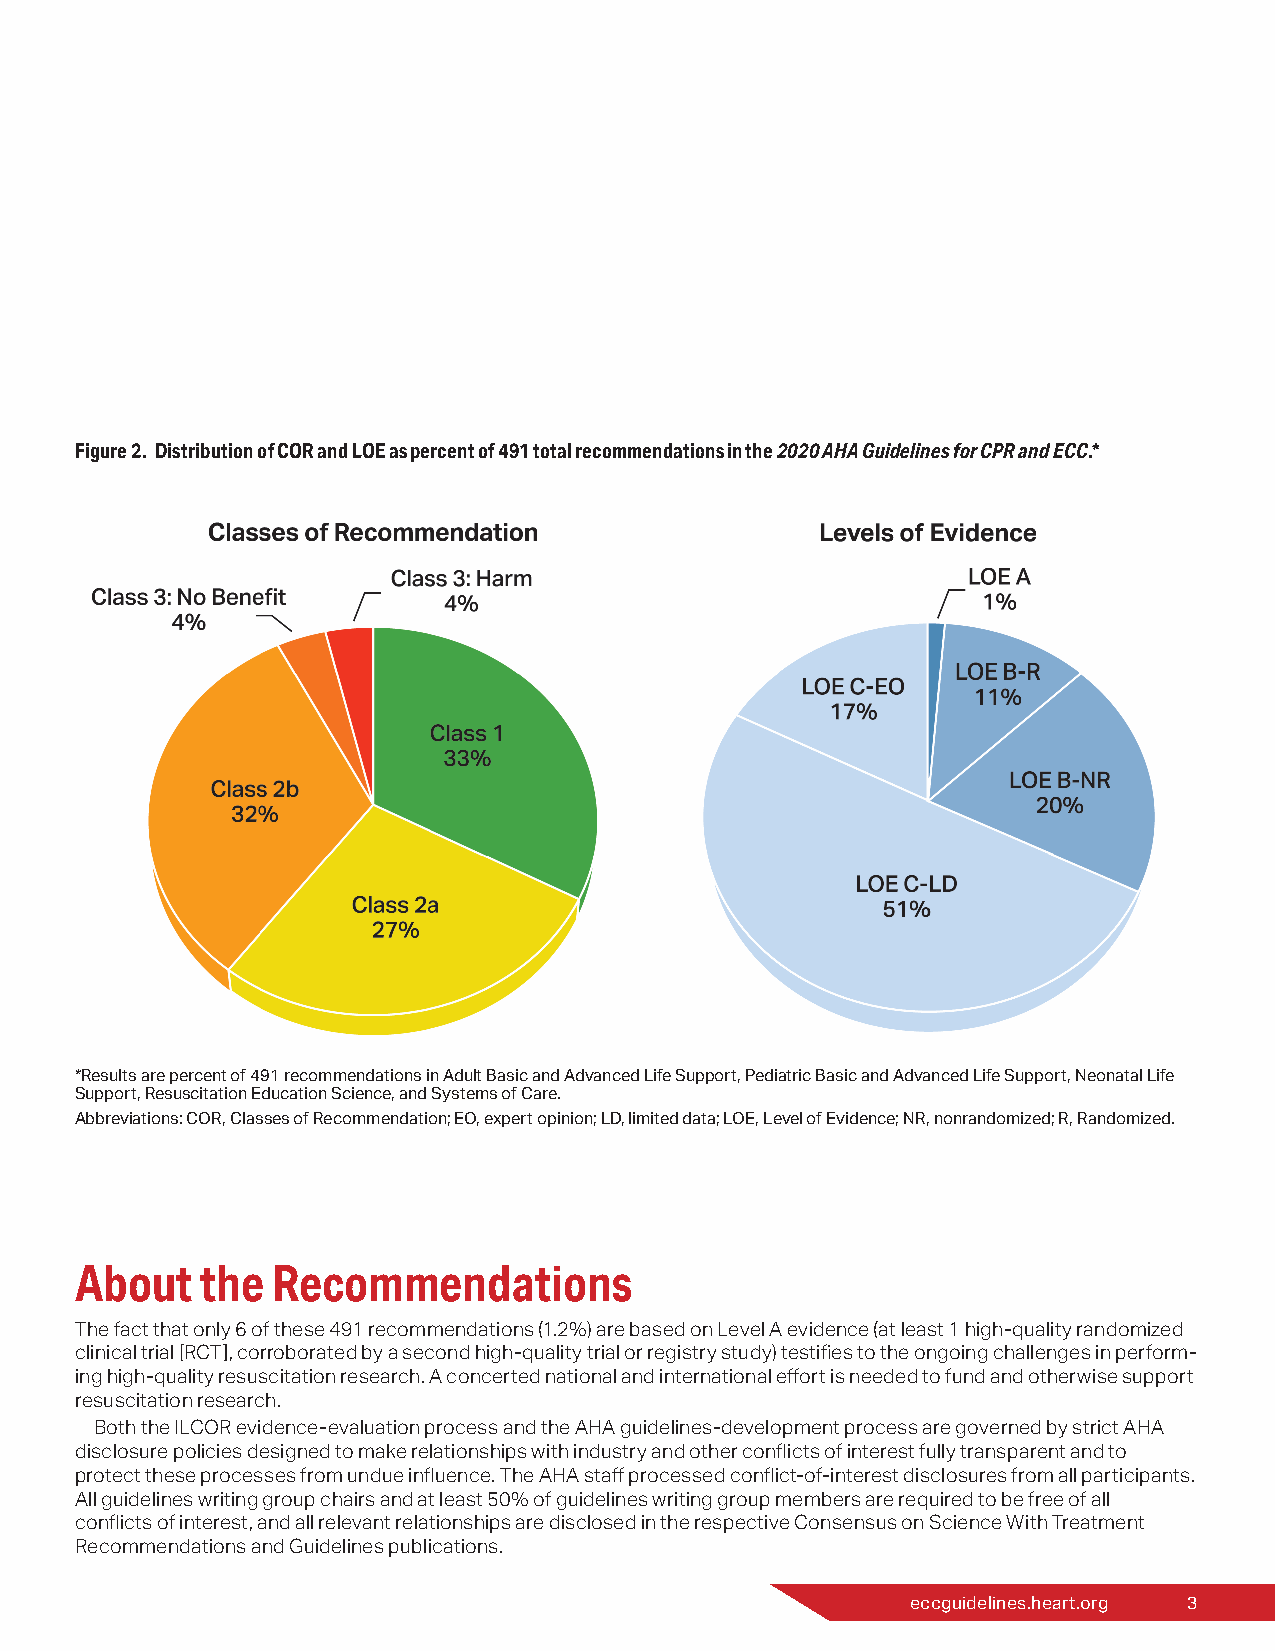
Figure 2. Distribution of COR and LOE as percent of 491 total recommendations in the 2020 AHA Guidelines for CPR and ECC.*
 *Results are percent of 491 recommendations in Adult Basic and Advanced Life Support, Pediatric Basic and Advanced Life Support, Neonatal Life
 Support, Resuscitation Education Science, and Systems of Care.
 Abbreviations: COR, Classes of Recommendation; EO, expert opinion; LD, limited data; LOE, Level of Evidence; NR, nonrandomized; R, Randomized.
 About   the  Recommendations
 The fact that only 6 of these 491 recommendations (1.2%) are based on Level A evidence (at least 1 high-quality randomized
 clinical trial [RCT], corroborated by a second high-quality trial or registry study) testifies to the ongoing challenges in perform-
 ing high-quality resuscitation research. A concerted national and international effort is needed to fund and otherwise support
 resuscitation research.
 Both the ILCOR evidence-evaluation process and the AHA guidelines-development process are governed by strict AHA
 disclosure policies designed to make relationships with industry and other conflicts of interest fully transparent and to
 protect these processes from undue influence. The AHA staff processed conflict-of-interest disclosures from all participants.
 All guidelines writing group chairs and at least 50% of guidelines writing group members are required to be free of all
 conflicts of interest, and all relevant relationships are disclosed in the respective Consensus on Science With Treatment
 Recommendations and Guidelines publications.
 eccguidelines.heart.org 3